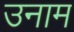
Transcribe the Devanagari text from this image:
उनाम